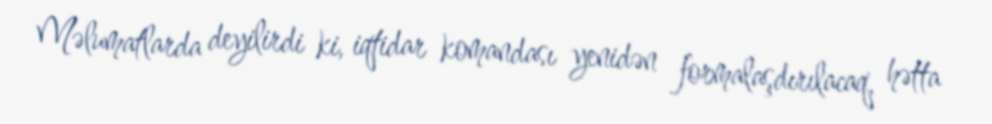
Məlumatlarda deyilirdi ki, iqtidar komandası yenidən formalaşdırılacaq, hətta